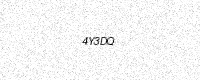
Text: 4Y3DQ